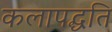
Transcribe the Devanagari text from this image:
कलापद्धति